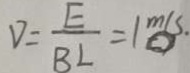
V = \frac { E } { B L } = 1 m / s .